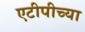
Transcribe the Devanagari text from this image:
एटीपीच्या